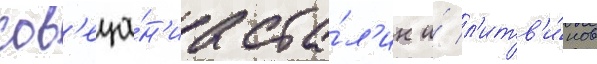
сов'еща́н'иа ста́л'ин и́ л'итв'и́нов